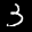
Label: 3